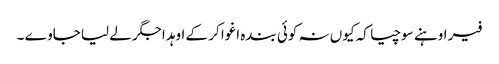
فیر اوہنے سوچیا کہ کیوں نہ کوئی بندہ اغوا کر کے اوہد اجگر لے لیا جاوے ۔